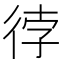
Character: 𭛫